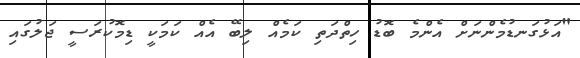
"އަޅުގަނޑުމެންނަށް އެންމެ ބޮޑު ހިތްދަތި ކަމެއް ލިބޭ އެއް ކަމަކީ ޑިމޮކުރަސީ ޖަލުގައި